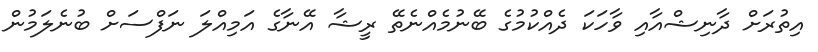
އިތުރަށް ދާނިޝްއާއި ވާހަކަ ދެއްކުުމުގެ ބޭނުމެއްނެތޭޭ ރީޝާ އޭނާގެ އަމިއްލަ ނަފްސަށް ބުނެލަމުން